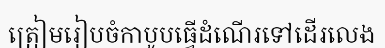
ត្រៀមរៀបចំកាបូបធ្វើដំណើរទៅដើរលេង